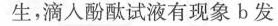
生，滴人酚酞试液有现象b发